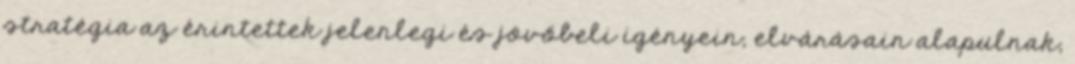
stratégia az érintettek jelenlegi és jövőbeli igényein, elvárásain alapulnak,